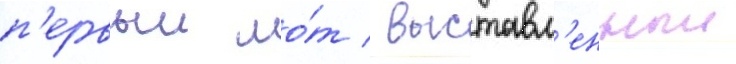
п'ервыи ло́т / выставл'енныи